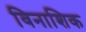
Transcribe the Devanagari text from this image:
विनाशिक